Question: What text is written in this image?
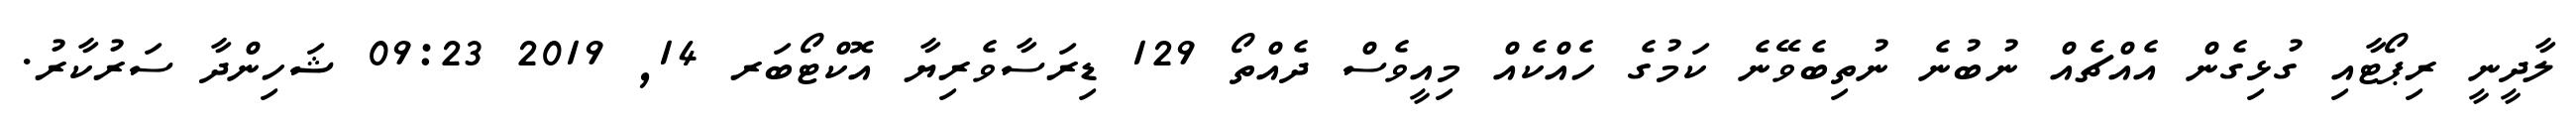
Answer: ލާދީނީ ރިޕޯޓާއި ގުޅިގެން އެއްޗެއް ނުބުނެ ނުތިބެވޭނެ ކަމުގެ ހެއްކެއް މިއީވެސް ދެއްތޯ 129 ޑިރަސާވެރިޔާ އޮކްޓޯބަރ 14, 2019 09:23 ޝަހިންދާ ސަރުކާރު.